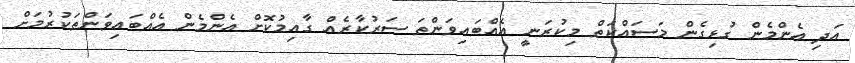
އަދި އެންމެން ގުޅިގެން މަސައްކަތް މިކުރަނީ އެއްބައިވަންތަ ސަރުކާރެއް ގާއިމުކޮށް އެންމެން އެއްބައިވަންތަކުރުމަށް